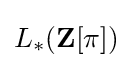
L_{*}(\mathbf {Z} [\pi ])